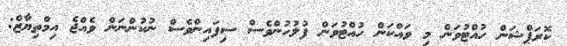
ކޮރަޕްޝަން ހުއްޓުވަން މި ވައްކަން ހުއްޓުވަން ފުލުހުންވެސް ސިފައިންވެސް ނުކުންނަން ވެއްޖެ އިމްތިޔާޒް: